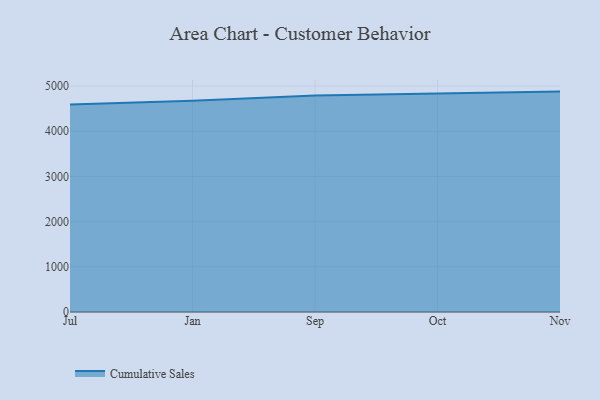
{"axis": {"x": "Month", "y": "Net Income (USD K)"}, "legend": ["Cumulative Sales"], "data": [{"x": "Jul", "y": 4593.8, "type": "Cumulative Sales"}, {"x": "Jan", "y": 4672.3, "type": "Cumulative Sales"}, {"x": "Sep", "y": 4791.3, "type": "Cumulative Sales"}, {"x": "Oct", "y": 4831.7, "type": "Cumulative Sales"}, {"x": "Nov", "y": 4877.5, "type": "Cumulative Sales"}]}